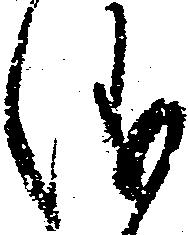
儀